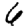
Digit: 6